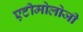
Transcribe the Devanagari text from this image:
एटीमोलोजी